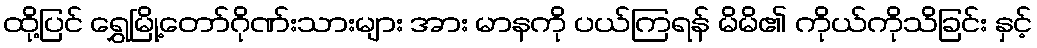
ထို့ပြင် ရွှေမြို့တော်ဂိုဏ်းသားများ အား မာနကို ပယ်ကြရန် မိမိ၏ ကိုယ်ကိုသိခြင်း နှင့်